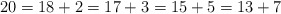
\begin{align*} 20 = 18 + 2 = 17 + 3 = 15 + 5 = 13 + 7\end{align*}